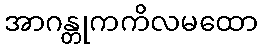
အာဂန္တုကကိလမထော